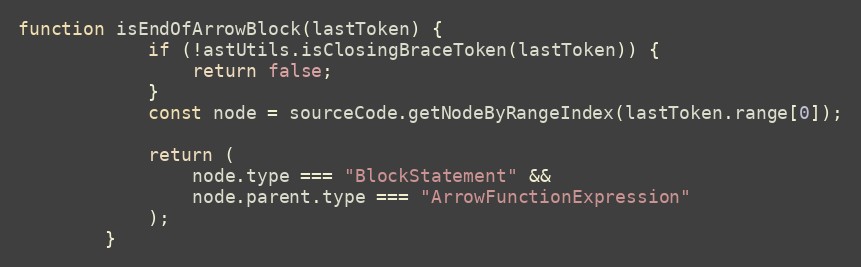
Language: JavaScript
function isEndOfArrowBlock(lastToken) {
            if (!astUtils.isClosingBraceToken(lastToken)) {
                return false;
            }
            const node = sourceCode.getNodeByRangeIndex(lastToken.range[0]);

            return (
                node.type === "BlockStatement" &&
                node.parent.type === "ArrowFunctionExpression"
            );
        }